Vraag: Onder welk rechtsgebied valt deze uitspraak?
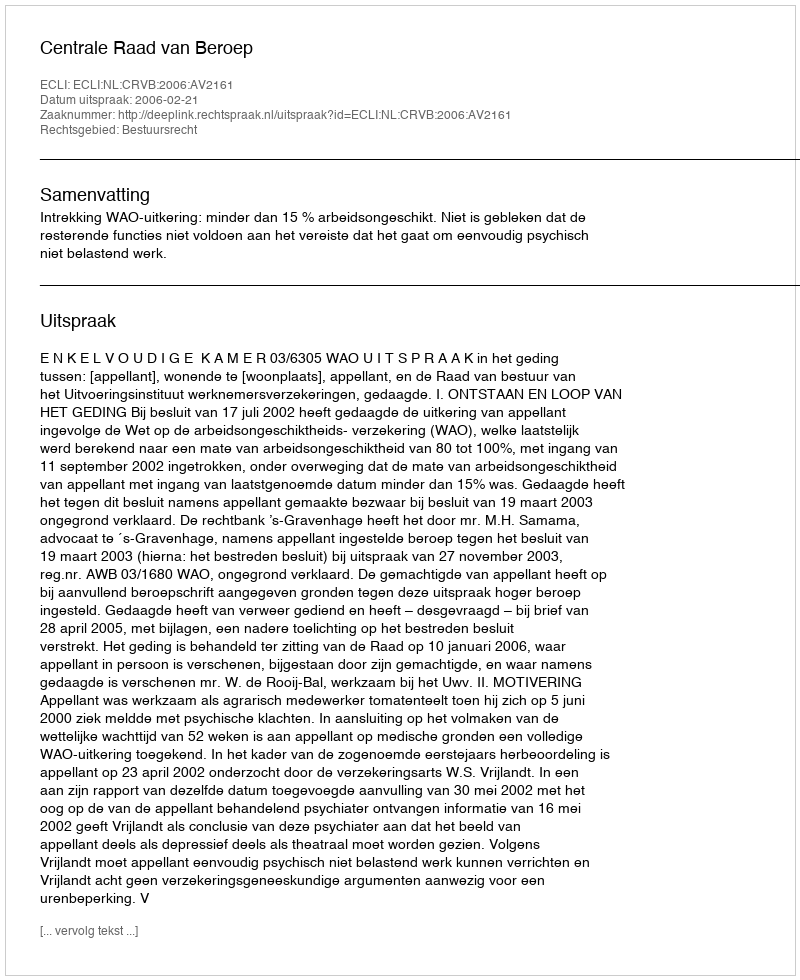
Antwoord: Bestuursrecht